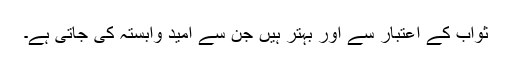
ثواب کے اعتبار سے اور بہتر ہیں جن سے امید وابستہ کی جاتی ہے۔